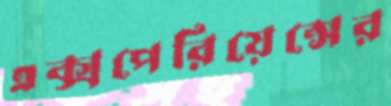
এক্সপেরিয়েন্সের